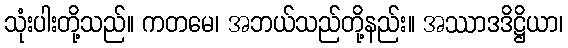
သုံးပါးတို့သည်။ ကတမေ၊ အဘယ်သည်တို့နည်း။ အဿာဒဒိဋ္ဌိယာ၊